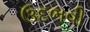
ઉદભવી